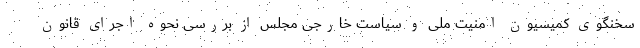
سخنگوی کمیسیون امنیت ملی و سیاست خارجی مجلس از بررسی نحوه اجرای قانون